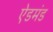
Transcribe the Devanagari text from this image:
ऐडमंड